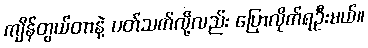
ကျိန်တွယ်တာနဲ့ ပတ်သက်လို့လည်း ပြောလိုက်ရဦးမယ်။